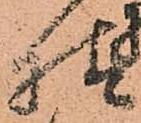
様